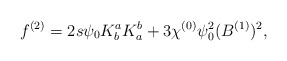
\begin{align*}f^{(2)} = 2 s \psi_0 K^a_b K^b_a + 3 \chi^{(0)} \psi_0^2 (B^{(1)})^2,\end{align*}